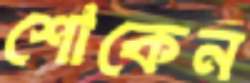
শোকেন